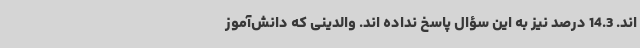
اند. 14.3 درصد نیز به این سؤال پاسخ نداده اند. والدینی که دانش‌آموز